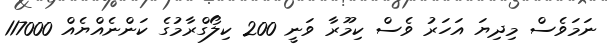
ނަމަވެސް މިދިޔަ އަހަރު ވެސް ކިމޫރާ ވަނީ 200 ކިލޯގްރާމުގެ ކަންނެއްޔެއް 117000